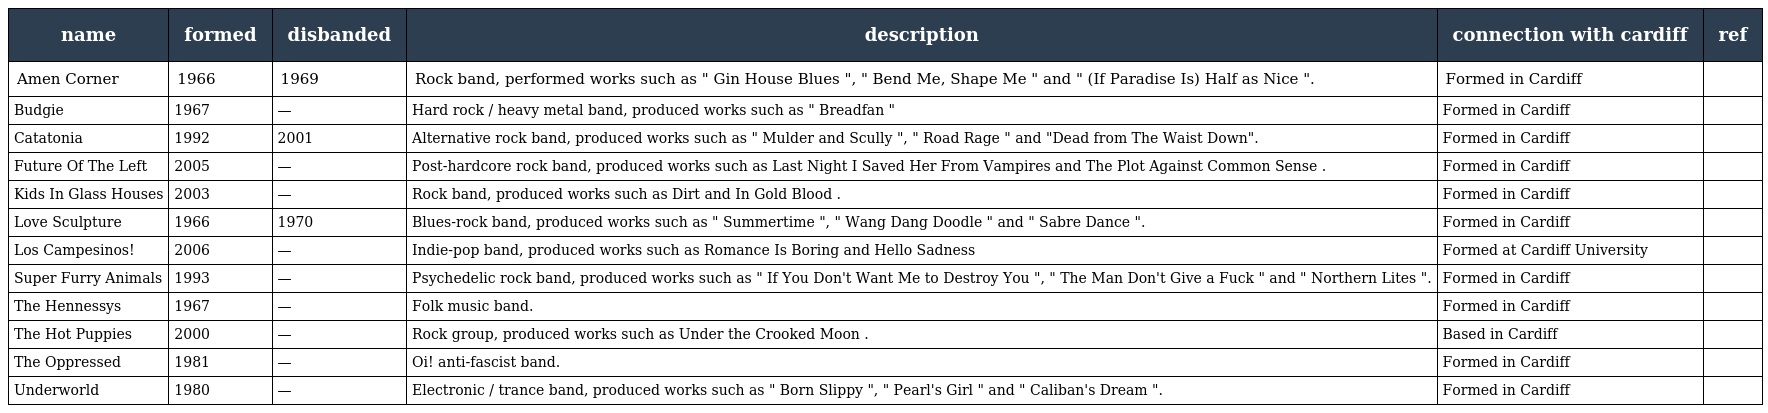
| name | formed | disbanded | description | connection with cardiff | ref |
 | --- | --- | --- | --- | --- | --- |
 | Amen Corner | 1966 | 1969 | Rock band, performed works such as " Gin House Blues ", " Bend Me, Shape Me " and " (If Paradise Is) Half as Nice ". | Formed in Cardiff |  |
 | Budgie | 1967 | — | Hard rock / heavy metal band, produced works such as " Breadfan " | Formed in Cardiff |  |
 | Catatonia | 1992 | 2001 | Alternative rock band, produced works such as " Mulder and Scully ", " Road Rage " and "Dead from The Waist Down". | Formed in Cardiff |  |
 | Future Of The Left | 2005 | — | Post-hardcore rock band, produced works such as Last Night I Saved Her From Vampires and The Plot Against Common Sense . | Formed in Cardiff |  |
 | Kids In Glass Houses | 2003 | — | Rock band, produced works such as Dirt and In Gold Blood . | Formed in Cardiff |  |
 | Love Sculpture | 1966 | 1970 | Blues-rock band, produced works such as " Summertime ", " Wang Dang Doodle " and " Sabre Dance ". | Formed in Cardiff |  |
 | Los Campesinos! | 2006 | — | Indie-pop band, produced works such as Romance Is Boring and Hello Sadness | Formed at Cardiff University |  |
 | Super Furry Animals | 1993 | — | Psychedelic rock band, produced works such as " If You Don't Want Me to Destroy You ", " The Man Don't Give a Fuck " and " Northern Lites ". | Formed in Cardiff |  |
 | The Hennessys | 1967 | — | Folk music band. | Formed in Cardiff |  |
 | The Hot Puppies | 2000 | — | Rock group, produced works such as Under the Crooked Moon . | Based in Cardiff |  |
 | The Oppressed | 1981 | — | Oi! anti-fascist band. | Formed in Cardiff |  |
 | Underworld | 1980 | — | Electronic / trance band, produced works such as " Born Slippy ", " Pearl's Girl " and " Caliban's Dream ". | Formed in Cardiff |  |